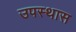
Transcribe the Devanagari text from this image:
उपस्थास